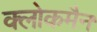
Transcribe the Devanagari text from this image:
क्लोकमैन